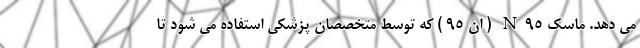
می دهد. ماسک N۹۵ ( ان ۹۵ ) که توسط متخصصان پزشکی استفاده می شود تا